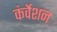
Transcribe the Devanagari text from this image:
कंर्वेशन